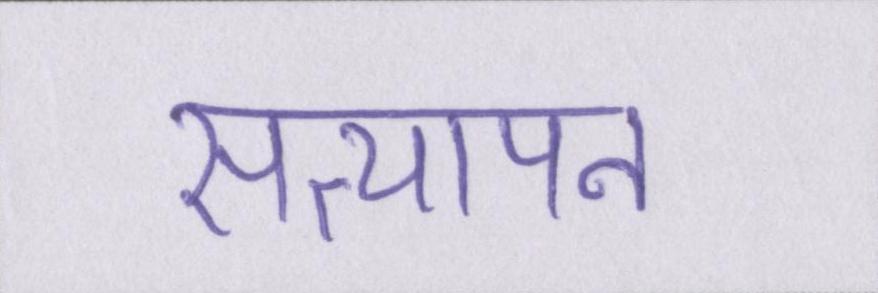
सत्यापन